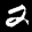
Label: 2